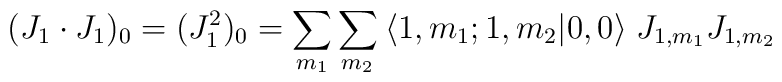
( J_1 \cdot J_1 )_0 = ( J_1^2 )_0 = \sum_{m_1} \sum_{m_2} \:    \langle 1,m_1 ; 1,m_2 | 0,0 \rangle \; J_{1,m_1} J_{1,m_2}